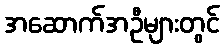
အဆောက်အဦများတွင်